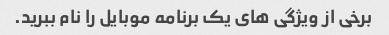
برخی از ویژگی های یک برنامه موبایل را نام ببرید.